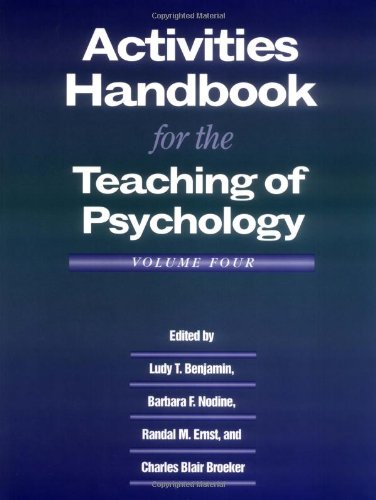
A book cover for Activities Handbook for the Teaching of Psychology, Vol. 4; Medical Books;